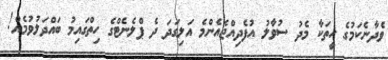
ވެދާނެކަމުގެ ހީތަކާ މެދު ސުވާލު އުފެދިއްޖެއެންމެ އަލިގަދަ ދެ ޕްލެނެޓްގެ ހިތްގައިމު ބައްދަލުވުމެއް!